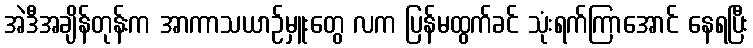
အဲဒီအချိန်တုန်းက အာကာသယာဉ်မှူးတွေ လက ပြန်မထွက်ခင် သုံးရက်ကြာအောင် နေရပြီး